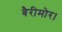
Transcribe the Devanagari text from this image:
बैरीमोर।